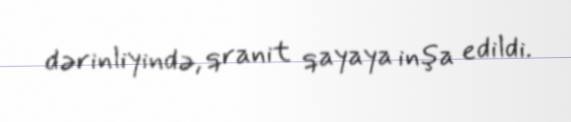
dərinliyində, qranit qayaya inşa edildi.